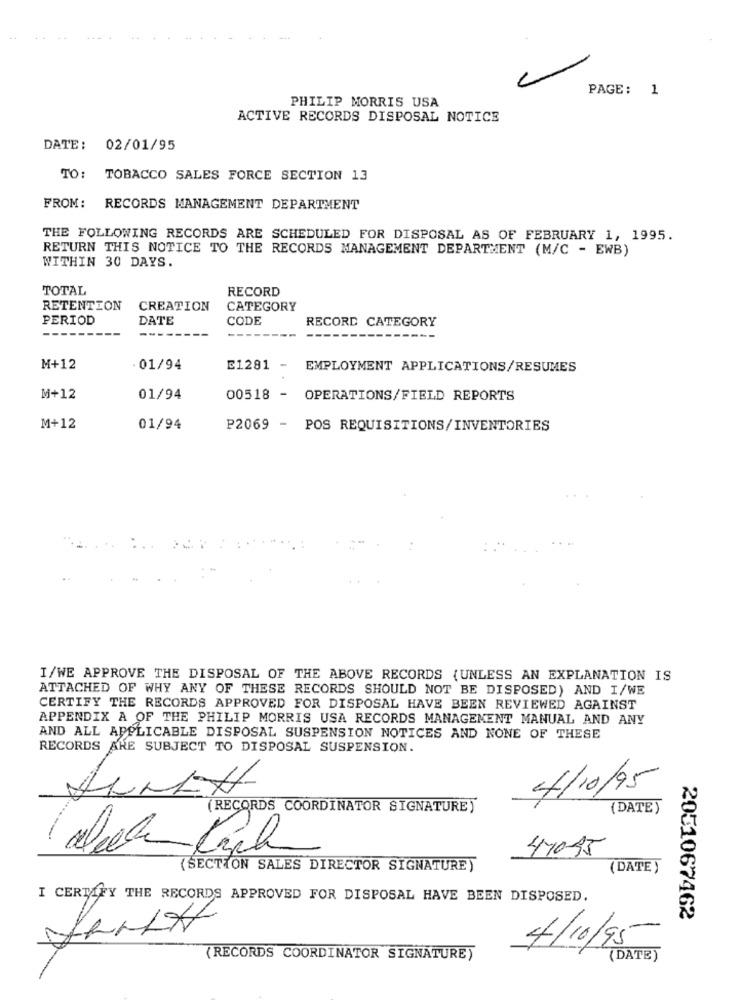
PAGE: 1
PHILIP MORRIS USA
ACTIVE RECORDS DISPOSAL NOTICE
DATE:
02/01/95
TO:
TOBACCO SALES FORCE SECTION 13
FROM:
RECORDS MANAGEMENT DEPARTMENT
THE FOLLOWING RECORDS ARE SCHEDULED FOR DISPOSAL AS OF FEBRUARY 1, 1995.
RETURN THIS NOTICE TO THE RECORDS MANAGEMENT DEPARTMENT (M/C - EWB)
WITHIN 30 DAYS.
TOTAL
RECORD
RETENTION
CREATION
CATEGORY
PERIOD
DATE
CODE
RECORD CATEGORY
M+12
.01/94
E1281
EMPLOYMENT APPLICATIONS/RESUMES
M+12
01/94
00518
-
OPERATIONS/FIELD REPORTS
M+12
01/94
P2069 - POS REQUISITIONS/INVENTORIES
I/WE APPROVE THE DISPOSAL OF THE ABOVE RECORDS (UNLESS AN EXPLANATION IS
ATTACHED OF WHY ANY OF THESE RECORDS SHOULD NOT BE DISPOSED) AND I/WE
CERTIFY THE RECORDS APPROVED FOR DISPOSAL HAVE BEEN REVIEWED AGAINST
APPENDIX A OF THE PHILIP MORRIS USA RECORDS MANAGEMENT MANUAL AND ANY
AND ALL APPLICABLE DISPOSAL SUSPENSION NOTICES AND NONE OF THESE
RECORDS ARE SUBJECT TO DISPOSAL SUSPENSION.
4/10/95
(RECORDS COORDINATOR SIGNATURE)
(DATE)
41095
(SECTION SALES DIRECTOR SIGNATURE)
(DATE )
I CERTIFY THE RECORDS APPROVED FOR DISPOSAL HAVE BEEN DISPOSED.
2051067462
4/10/95
(RECORDS COORDINATOR SIGNATURE)
(DATE)